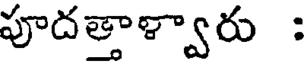
పూదత్తాళ్వారు :